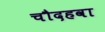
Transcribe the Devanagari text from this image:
चौदहवा